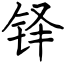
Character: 铎